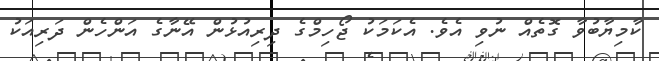
ކާމިޔާބުވާ ގޮތެއް ނުވި އެވެ. އެކަމަކު ޖޯހިމްގެ ދިރިއުޅުން އޭނާގެ އަންހެން ދަރިއަކު